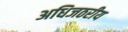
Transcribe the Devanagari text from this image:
अधिजठरीय